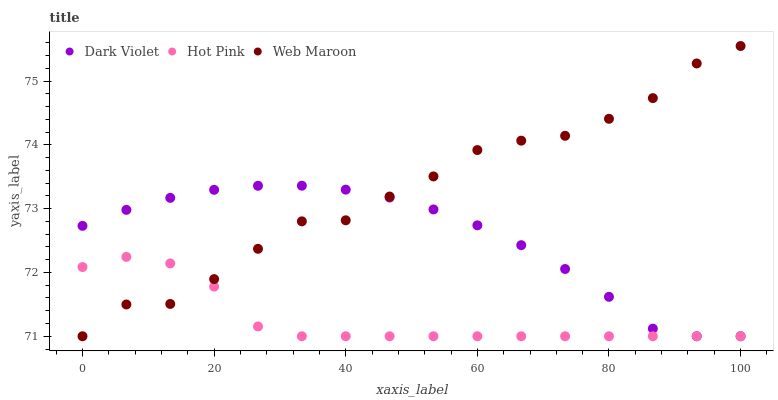
| xaxis_label | Dark Violet | Hot Pink | Web Maroon |
 | --- | --- | --- | --- |
 | 0 | 72.7 | 72.1 | 71 |
 | 6.67 | 73 | 72.2 | 71.5 |
 | 13.3 | 73.2 | 72.1 | 71.5 |
 | 20 | 73.3 | 71.8 | 71.9 |
 | 26.7 | 73.4 | 71.2 | 72.4 |
 | 33.3 | 73.4 | 71 | 72.8 |
 | 40 | 73.3 | 71 | 72.8 |
 | 46.7 | 73.2 | 71 | 73.2 |
 | 53.3 | 73 | 71 | 73.5 |
 | 60 | 72.7 | 71 | 73.9 |
 | 66.7 | 72.4 | 71 | 74.1 |
 | 73.3 | 72.1 | 71 | 74.1 |
 | 80 | 71.6 | 71 | 74.4 |
 | 86.7 | 71.1 | 71 | 74.7 |
 | 93.3 | 71 | 71 | 75.3 |
 | 100 | 71 | 71 | 75.5 |